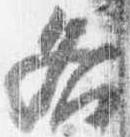
各